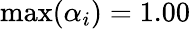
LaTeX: \operatorname*{max}(\alpha_{i})=1.00